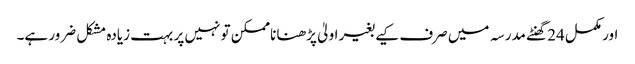
اور مکمل 24 گھنٹے مدرسہ میں صرف کیے بغیر اولیٰ پڑھنا ناممکن تو نہیں پر بہت زیادہ مشکل ضرور ہے۔